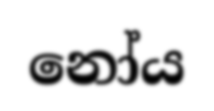
නෝය